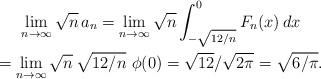
LaTeX: \begin{gather*} \lim_{n \to \infty} \sqrt{n} \, a_n = \lim_{n \to \infty} \sqrt{n} \int_{- \sqrt{12 / n}}^0 F_n( x ) \, dx \\ = \lim_{n \to \infty} \sqrt{n}\, \sqrt{12 / n}\ \phi( 0 ) = \sqrt{12} / \sqrt{2\pi} = \sqrt{6 / \pi}.\end{gather*}